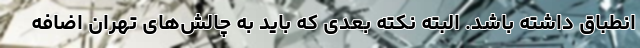
انطباق داشته باشد. البته نکته بعدی که باید به چالش‌های تهران اضافه